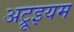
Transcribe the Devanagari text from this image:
अट्रूइयम